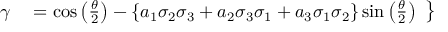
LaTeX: \left. { \begin{array} { r l } { \gamma } & { { } = \cos \left( { \frac { \theta } { 2 } } \right) - \{ a _ { 1 } \sigma _ { 2 } \sigma _ { 3 } + a _ { 2 } \sigma _ { 3 } \sigma _ { 1 } + a _ { 3 } \sigma _ { 1 } \sigma _ { 2 } \} \sin \left( { \frac { \theta } { 2 } } \right) } \end{array} } \right\}